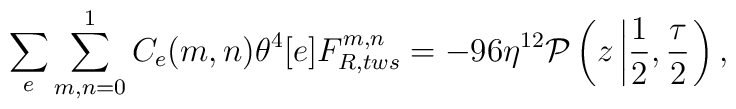
\sum_{e}\sum_{m,n=0}^{1} C_{e}(m,n)\theta^{4}[e] F_{R,tws}^{m,n}=-96\eta^{12}{\cal P}\left(z\left|\frac{1}{2},\frac{\tau}{2}\right.\right),